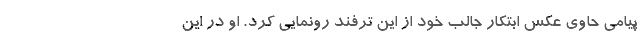
پیامی حاوی عکس ابتکار جالب خود از این ترفند رونمایی کرد. او در این